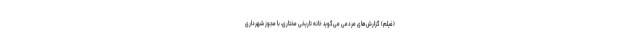
(فیلم) گزارش‌های مردمی می‌گوید خانه تاریخی مختاری،‌ با مجوز شهرداری